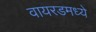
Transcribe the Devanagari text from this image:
वायरडमध्ये